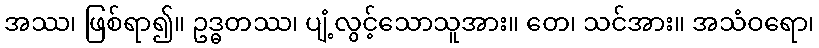
အဿ၊ ဖြစ်ရာ၍။ ဥဒ္ဓတဿ၊ ပျံ့လွင့်သောသူအား။ တေ၊ သင်အား။ အသံဝရော၊